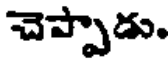
చెప్పాడు.